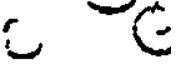
C